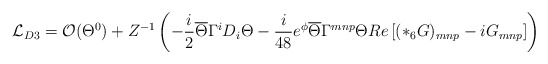
\begin{align*}{\mathcal L}_{D3}= {\cal O}(\Theta^0) + Z^{-1}\left(-\frac{i}{2}\overline{\Theta} \Gamma^i D_i \Theta - \frac{i}{48} e^{\phi} \overline{\Theta } \Gamma^{mnp} \Theta Re \left[(*_6 G)_{mnp} - i G_{mnp}\right]\right)\end{align*}